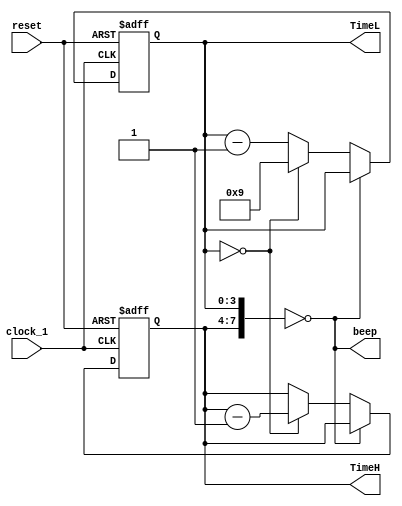
/*
 * Counter
 * ---------------------
 * For: University of Leeds
 *
 * Description
 * ------------
 * Timing
 */
 module Counter(
 clock_1,
 reset,
 TimeH,
 TimeL,
 beep 
 );
 input clock_1;
 input reset;
	
 output reg [3:0]TimeH;//Two-digit digital tube shows high position
 output reg [3:0]TimeL;
	
 output beep;
	
 assign beep =({TimeH,TimeL}==8'h00);//When the count is 0, the buzzer goes off.
 
 initial {TimeH,TimeL} = 8'h15;
 
always@(posedge clock_1 or negedge reset)
	begin
		if(!reset)
			{TimeH,TimeL} <= 8'h15;
		else if({TimeH,TimeL}==8'h00)
			{TimeH,TimeL} <={TimeH,TimeL};
		else if(TimeL==4'h0)
			begin
				TimeH <=TimeH-4'h1;
				TimeL <=4'h9;
			end
		else
			begin
				TimeH <=TimeH;
				TimeL <=TimeL-4'b1;
			end
	end
endmodule